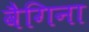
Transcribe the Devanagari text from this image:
वैगिना